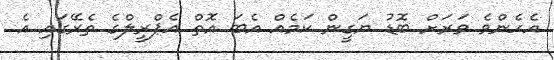
އެހެންވެ ވަރަށް ބޮޑު ޔަގީން ކަމެއް އެބަ އޮތް އެޕްރީލްގެ ތެރޭގައި އެ